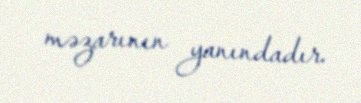
məzarının yanındadır.